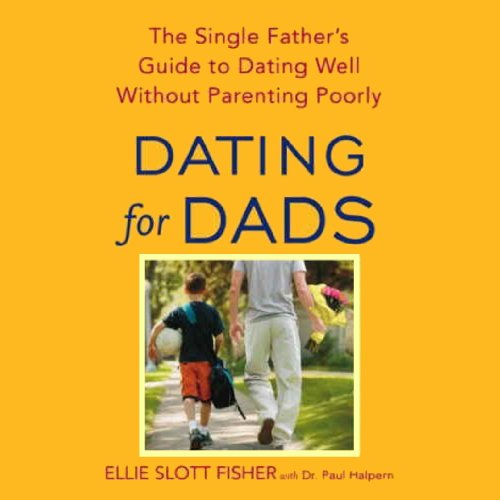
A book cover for Dating for Dads: The Single Father's Guide to Dating Well Without Parenting Poorly; Ellie Slott Fisher; Parenting & Relationships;